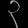
Digit: ၃